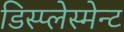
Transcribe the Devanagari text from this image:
डिस्प्लेस्मेन्ट